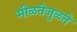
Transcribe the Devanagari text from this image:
मीळतेजुळते